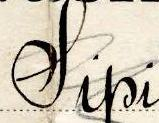
Sipi